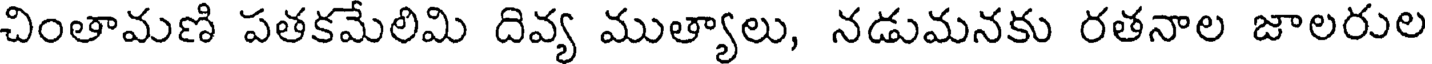
చింతామణి పతకమేలిమి దివ్య ముత్యాలు, నడుమనకు రతనాల జాలరుల